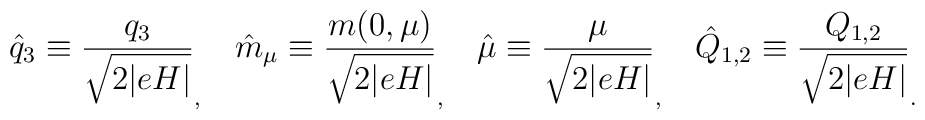
\hat{q}_3 \equiv \frac{q_3}{\sqrt{2\vert eH \vert}}_,~~~ \hat{m}_{\mu}\equiv\frac{m(0,\mu)}{\sqrt{2\vert eH \vert}}_,  ~~~\hat{\mu} \equiv \frac{\mu}{\sqrt{2\vert eH \vert}}_,  ~~~\hat{Q}_{1,2}\equiv\frac{Q_{1,2}}{\sqrt{2\vert eH \vert}}_.